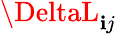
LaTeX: \DeltaL_{\mathbf{i}j}